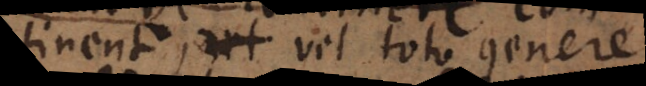
habent, vel toto genere